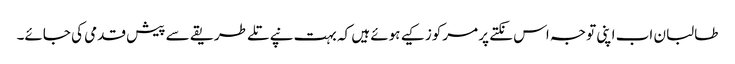
طالبان اب اپنی توجہ اس نکتے پر مرکوز کیے ہوئے ہیں کہ بہت نپے تلے طریقے سے پیش قدمی کی جائے۔